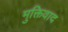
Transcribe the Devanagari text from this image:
मुक्तिवाद